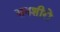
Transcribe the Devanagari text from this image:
सनशीरो